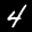
Label: 4